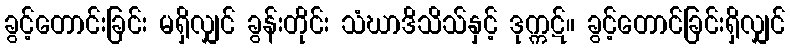
ခွင့်တောင်းခြင်း မရှိလျှင် ခွန်းတိုင်း သံဃာဒိသိသ်နှင့် ဒုက္ကဋ်။ ခွင့်တောင်ခြင်းရှိလျှင်